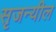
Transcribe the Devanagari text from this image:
सृजन्यील